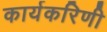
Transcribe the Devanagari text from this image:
कार्यकरिणी